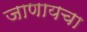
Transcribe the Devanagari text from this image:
जाणायचा